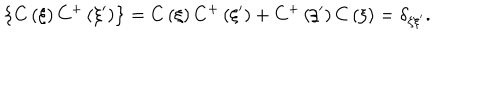
\left\{ C \left( \xi \right) C ^ { + } \left( \xi ^ { \prime } \right) \right\} = C \left( \xi \right) C ^ { + } \left( \xi ^ { \prime } \right) + C ^ { + } \left( \xi ^ { \prime } \right) C \left( \xi \right) = \delta _ { \xi \xi ^ { \prime } } .